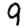
Digit: 9